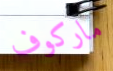
ماركوف